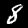
Label: 8